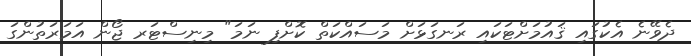
ދެވޭނެ އެކުގައި ޤައުމަށްޓަކައި ރަނގަޅަށް މަސައްކަތް ކޮށްފި ނަމަ" މިނިސްޓަރ ޖޯން އަމަރަތުންގަ